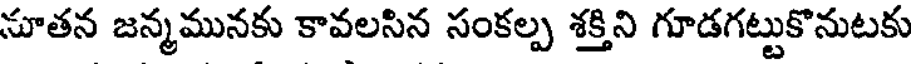
సూతన జన్మమునకు కావలసిన సంకల్ప శక్తిని గూడగట్టుకొనుటకు